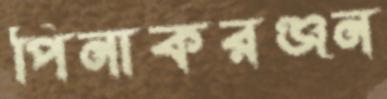
পিনাকরঞ্জন